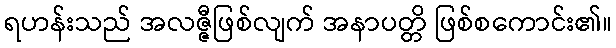
ရဟန်းသည် အလဇ္ဇီဖြစ်လျက် အနာပတ္တိ ဖြစ်စကောင်း၏။